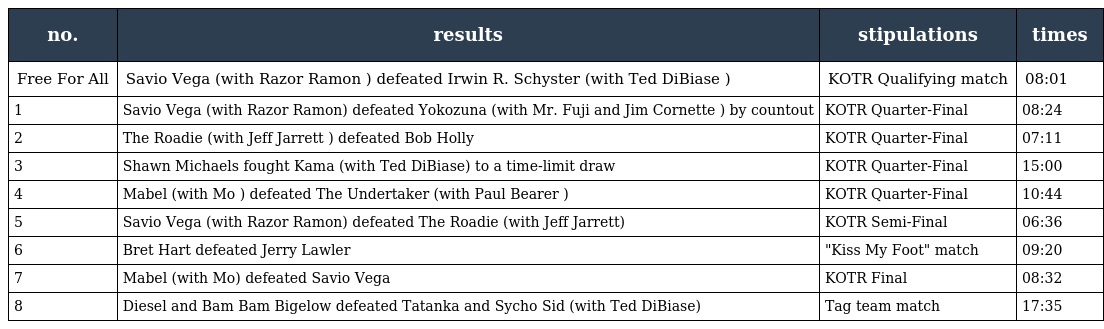
| no. | results | stipulations | times |
 | --- | --- | --- | --- |
 | Free For All | Savio Vega (with Razor Ramon ) defeated Irwin R. Schyster (with Ted DiBiase ) | KOTR Qualifying match | 08:01 |
 | 1 | Savio Vega (with Razor Ramon) defeated Yokozuna (with Mr. Fuji and Jim Cornette ) by countout | KOTR Quarter-Final | 08:24 |
 | 2 | The Roadie (with Jeff Jarrett ) defeated Bob Holly | KOTR Quarter-Final | 07:11 |
 | 3 | Shawn Michaels fought Kama (with Ted DiBiase) to a time-limit draw | KOTR Quarter-Final | 15:00 |
 | 4 | Mabel (with Mo ) defeated The Undertaker (with Paul Bearer ) | KOTR Quarter-Final | 10:44 |
 | 5 | Savio Vega (with Razor Ramon) defeated The Roadie (with Jeff Jarrett) | KOTR Semi-Final | 06:36 |
 | 6 | Bret Hart defeated Jerry Lawler | "Kiss My Foot" match | 09:20 |
 | 7 | Mabel (with Mo) defeated Savio Vega | KOTR Final | 08:32 |
 | 8 | Diesel and Bam Bam Bigelow defeated Tatanka and Sycho Sid (with Ted DiBiase) | Tag team match | 17:35 |